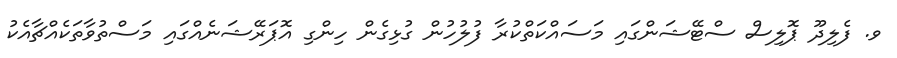
ވ. ފެލިދޫ ޕޮލިސް ސްޓޭޝަންގައި މަސައްކަތްކުރާ ފުލުހުން ގުޅިގެން ހިންގި އޮޕަރޭޝަނެއްގައި މަސްތުވާތަކެއްޗާއެކު